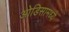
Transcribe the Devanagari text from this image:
ओडिसामध्ये